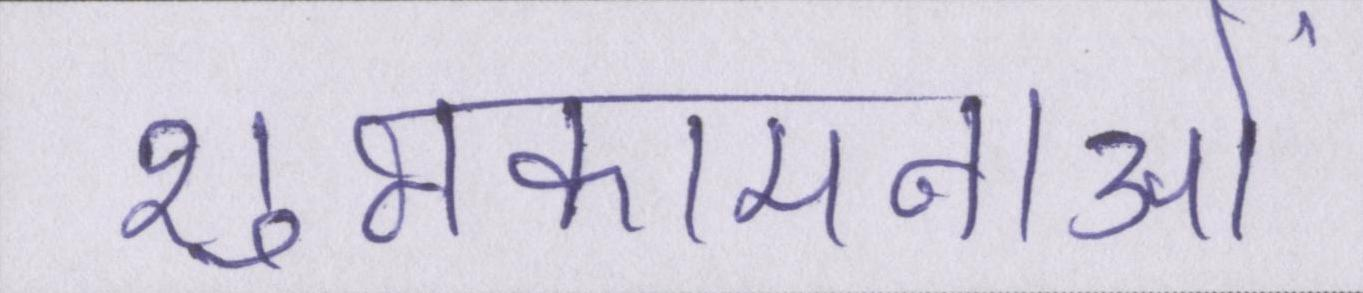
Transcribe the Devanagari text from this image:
शुभकामनाओं